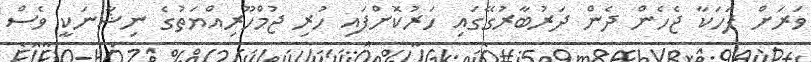
ވަރަށް ފަހަކާ ޖެހެން ދެން ދަރުބާރުގޭގައި ހަރުކޮށްފައި ހުރި ޖުމްހޫރިއްޔަތުގެ ނިޝާނަކީ ވެސް